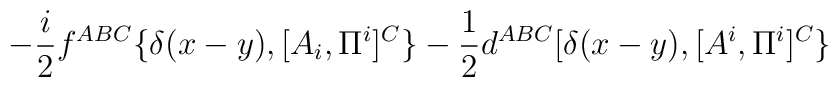
-{i\over2}f^{ABC}\{\delta(x-y),[A_i,\Pi^i]^C\}-{1\over2}d^{ABC}[\delta(x-y),[A^i,\Pi^i]^C\}